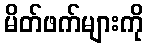
မိတ်ဖက်များကို